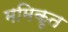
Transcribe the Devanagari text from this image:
ममिकृत